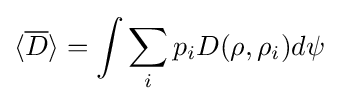
\langle {\overline {D}}\rangle =\int \sum _{i}p_{i}D(\rho ,\rho _{i})d\psi